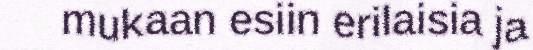
mukaan esiin erilaisia ja